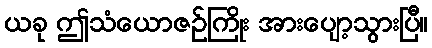
ယခု ဤသံယောဇဉ်ကြိုး အားပျော့သွားပြီ။